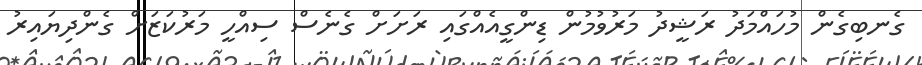
ގެނބިގެން މުހައްމަދު ރަޝީދު މަރުވުމުން ޑިންގީއެއްގައި ރަށަށް ގެނެސް ސިއްހީ މަރުކަޒަށް ގެންދިޔައިރު